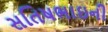
સતિષભાઇની